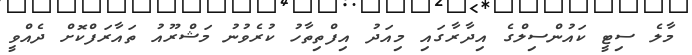
މާލެ ސިޓީ ކައުންސިލްގެ އިދާރާގައި މިއަދު އިފްތިތާހު ކުރެވުނު މަޝްރޫއު ތައާރަފްކޮށް ދެއްވީ